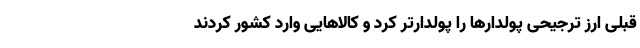
قبلی ارز ترجیحی پولدارها را پولدارتر کرد و کالاهایی وارد کشور کردند